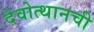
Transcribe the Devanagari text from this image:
देवोत्थानची